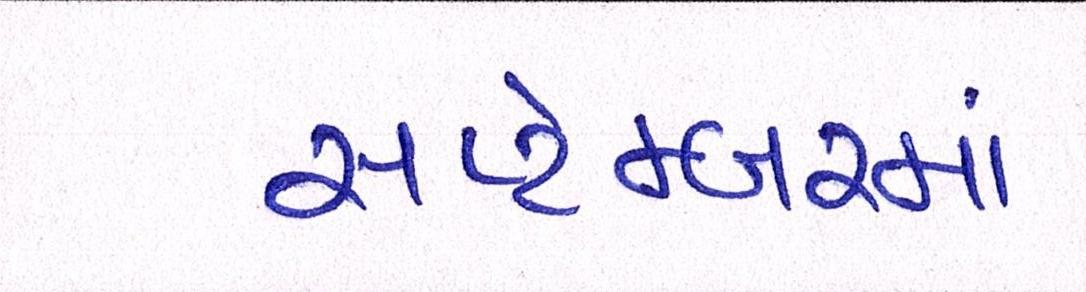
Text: સપ્ટેમ્બરમાં